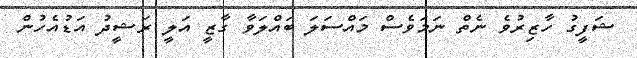
ޝަފީގު ހާޒިރުވެ ނެތް ނަމަވެސް މައްސަލަ ބައްލަވާ ގާޒީ އަލީ ރަޝީދު އަޑުއެހުން